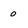
Character: 0